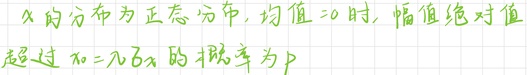
$x$ 的分布为正态分布，均值 = 0 时，幅值绝对值超过 $x_{0} = n\sigma_{x}$ 的概率为 $p$